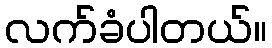
လက်ခံပါတယ်။